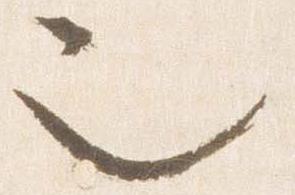
也